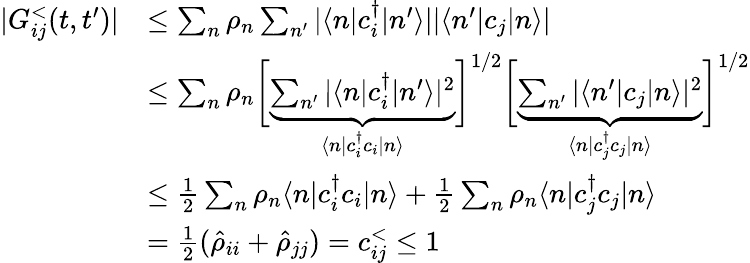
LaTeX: \begin{array}{rl}{|G_{ij}^{<}(t,t^{\prime})|}&{\leq\sum_{n}\rho_{n}\sum_{n^{\prime}}|\langle n|c_{i}^{\dagger}|n^{\prime}\rangle||\langle n^{\prime}|c_{j}|n\rangle|}\\ &{\leq\sum_{n}\rho_{n}\bigg[\underbrace{\sum_{n^{\prime}}|\langle n|c_{i}^{\dagger}|n^{\prime}\rangle|^{2}}_{\langle n|c_{i}^{\dagger}c_{i}|n\rangle}\bigg]^{1/2}\bigg[\underbrace{\sum_{n^{\prime}}|\langle n^{\prime}|c_{j}|n\rangle|^{2}}_{\langle n|c_{j}^{\dagger}c_{j}|n\rangle}\bigg]^{1/2}}\\ &{\leq\frac{1}{2}\sum_{n}\rho_{n}\langle n|c_{i}^{\dagger}c_{i}|n\rangle+\frac{1}{2}\sum_{n}\rho_{n}\langle n|c_{j}^{\dagger}c_{j}|n\rangle}\\ &{=\frac{1}{2}(\hat{\rho}_{ii}+\hat{\rho}_{jj})=c_{ij}^{<}\leq 1}\end{array}